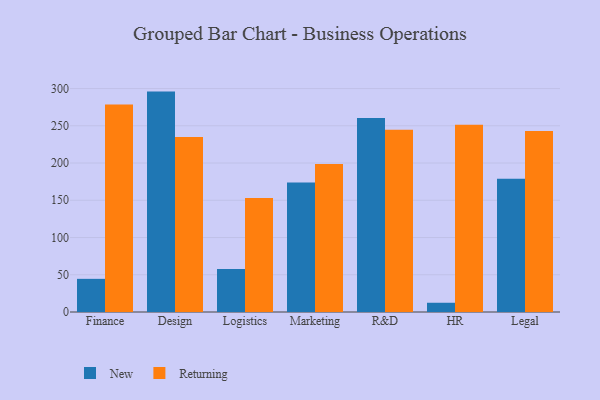
{"axis": {"x": "Department", "y": "Latency (ms)"}, "legend": ["New", "Returning"], "data": [{"x": "Finance", "y": 44.5, "type": "New"}, {"x": "Finance", "y": 278.5, "type": "Returning"}, {"x": "Design", "y": 295.9, "type": "New"}, {"x": "Design", "y": 235.0, "type": "Returning"}, {"x": "Logistics", "y": 57.8, "type": "New"}, {"x": "Logistics", "y": 153.1, "type": "Returning"}, {"x": "Marketing", "y": 173.7, "type": "New"}, {"x": "Marketing", "y": 198.7, "type": "Returning"}, {"x": "R&D", "y": 260.6, "type": "New"}, {"x": "R&D", "y": 244.7, "type": "Returning"}, {"x": "HR", "y": 12.4, "type": "New"}, {"x": "HR", "y": 251.4, "type": "Returning"}, {"x": "Legal", "y": 179.0, "type": "New"}, {"x": "Legal", "y": 243.0, "type": "Returning"}]}